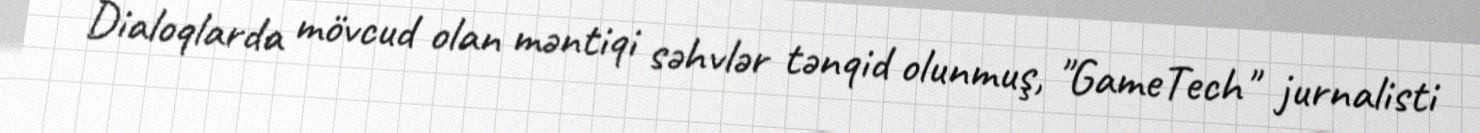
Dialoqlarda mövcud olan məntiqi səhvlər tənqid olunmuş, "GameTech" jurnalisti